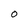
Character: 0